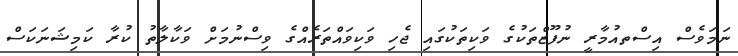
ނަމަވެސް އިސްތއުމާރީ ނުފޫޒްތަކުގެ ވަކިތަކުގައި ޖެހި ވަކިވައްތަރެއްގެ ވިސްނުމަށް ވަކާލާތު ކުރާ ކަމިޝަނަކަސް